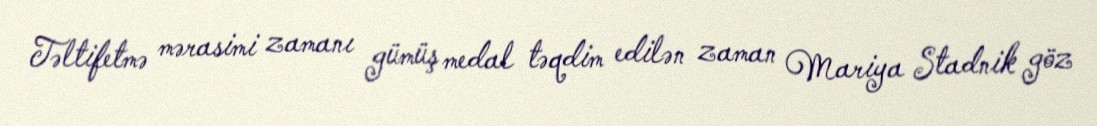
Təltifetmə mərasimi zamanı gümüş medal təqdim edilən zaman Mariya Stadnik göz